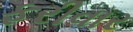
ફરીવાર